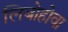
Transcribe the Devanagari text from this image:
लिबोहोवा